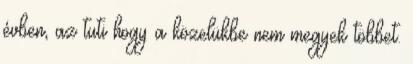
évben, az tuti hogy a közelükbe nem megyek többet.